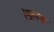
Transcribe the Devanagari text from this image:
।मूलतः